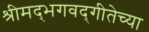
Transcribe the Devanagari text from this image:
श्रीमद्‌भगवद्‌गीतेच्या